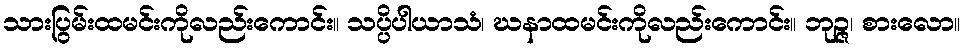
သားပြွမ်းထမင်းကိုလည်းကောင်း။ သပ္ပိပါယာသံ၊ ဃနာထမင်းကိုလည်းကောင်း။ ဘုဉ္ဇ၊ စားလော။